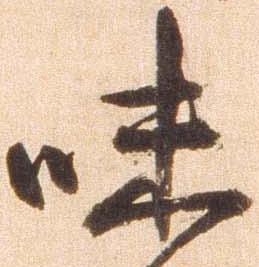
味